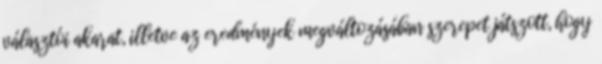
választói akarat, illetve az eredmények megváltozásában szerepet játszott, hogy